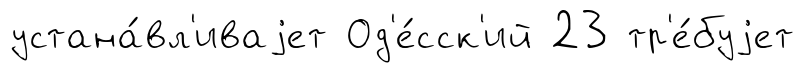
устана́вл'иваjет Од'е́сск'ий 23 тр'е́буjет